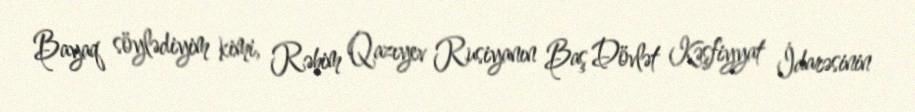
Bayaq söylədiyim kimi, Rəhim Qazıyev Rusiyanın Baş Dövlət Kəşfiyyat İdarəsinin